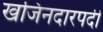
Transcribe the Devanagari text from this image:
खजिनदारपदी